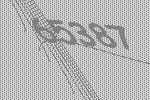
65387